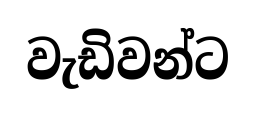
වැඩිවන්ට